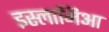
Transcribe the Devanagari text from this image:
इस्लामिआ